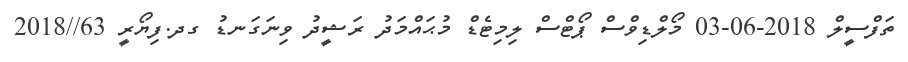
ތަފްސީލް 2018-06-03 މޯލްޑިވްސް ޕޯޓްސް ލިމިޓެޑް މުޙައްމަދު ރަޝީދު ވިނަގަނޑު ގދ.ފިޔޯރީ 63//2018